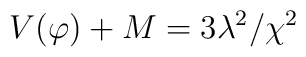
V(\varphi)+M=3\lambda^{2}/\chi^{2}